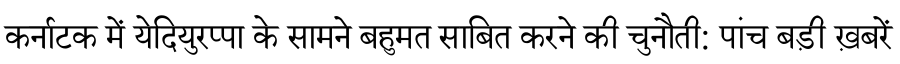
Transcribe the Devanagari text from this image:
कर्नाटक में येदियुरप्पा के सामने बहुमत साबित करने की चुनौती: पांच बड़ी ख़बरें